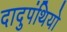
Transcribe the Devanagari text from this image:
दादुपंथियो